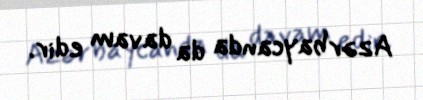
Azərbaycanda da davam edir.